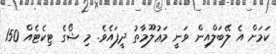
ކަމަށް އެ ލޭބަލްއިން ވަނީ މަޢުލޫމާތު ދީފައެވެ. މި ޝޯގެ ޓިކެޓެއް 150